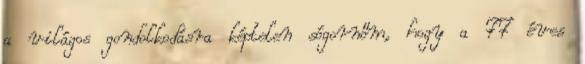
a világos gondolkodásra képtelen sógornőm, hogy a 77 éves